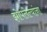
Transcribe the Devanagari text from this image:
झोपलेल्यांना